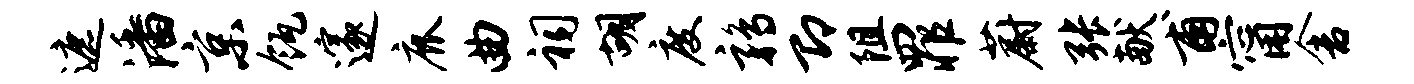
遮潘京瓴邃鹿曲祠胡度鹑即阻罪蔚张献甫甯舍